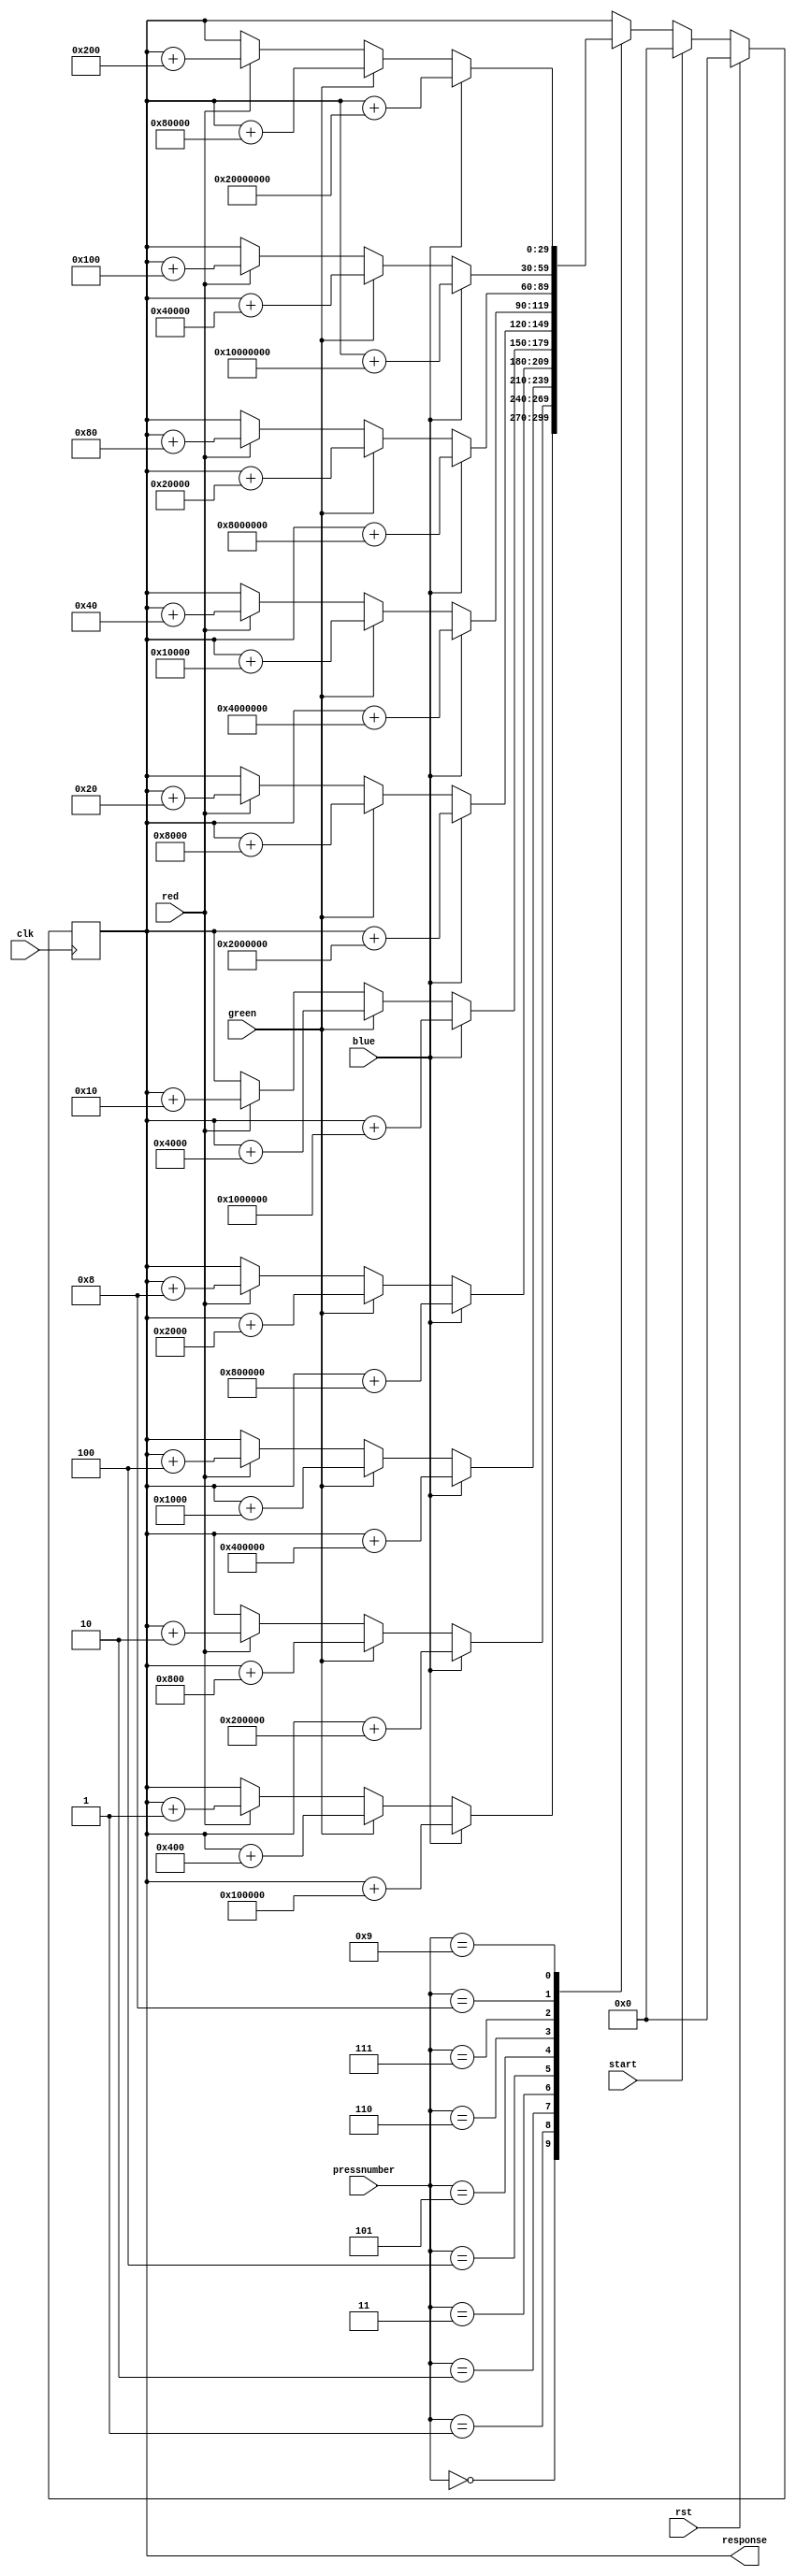
/*
   This file was generated automatically by the Mojo IDE version B1.2.6.
   Do not edit this file directly. Instead edit the original Lucid source.
   This is a temporary file and any changes made to it will be destroyed.
*/

/*
   Parameters:
     SIZE = 30
     DIV = 0
     TOP = 0
*/
module gametwoinput_81 (
    input clk,
    input rst,
    input start,
    input red,
    input green,
    input blue,
    input [3:0] pressnumber,
    output reg [29:0] response
  );
  
  localparam SIZE = 5'h1e;
  localparam DIV = 1'h0;
  localparam TOP = 1'h0;
  
  
  reg [29:0] M_ctr_d, M_ctr_q = 1'h0;
  
  always @* begin
    M_ctr_d = M_ctr_q;
    
    response = M_ctr_q[0+29-:30];
    
    case (pressnumber)
      1'h0: begin
        if (red) begin
          M_ctr_d = M_ctr_q + 30'h00000001;
        end
        if (green) begin
          M_ctr_d = M_ctr_q + 30'h00000400;
        end
        if (blue) begin
          M_ctr_d = M_ctr_q + 30'h00100000;
        end
      end
      1'h1: begin
        if (red) begin
          M_ctr_d = M_ctr_q + 30'h00000002;
        end
        if (green) begin
          M_ctr_d = M_ctr_q + 30'h00000800;
        end
        if (blue) begin
          M_ctr_d = M_ctr_q + 30'h00200000;
        end
      end
      2'h2: begin
        if (red) begin
          M_ctr_d = M_ctr_q + 30'h00000004;
        end
        if (green) begin
          M_ctr_d = M_ctr_q + 30'h00001000;
        end
        if (blue) begin
          M_ctr_d = M_ctr_q + 30'h00400000;
        end
      end
      2'h3: begin
        if (red) begin
          M_ctr_d = M_ctr_q + 30'h00000008;
        end
        if (green) begin
          M_ctr_d = M_ctr_q + 30'h00002000;
        end
        if (blue) begin
          M_ctr_d = M_ctr_q + 30'h00800000;
        end
      end
      3'h4: begin
        if (red) begin
          M_ctr_d = M_ctr_q + 30'h00000010;
        end
        if (green) begin
          M_ctr_d = M_ctr_q + 30'h00004000;
        end
        if (blue) begin
          M_ctr_d = M_ctr_q + 30'h01000000;
        end
      end
      3'h5: begin
        if (red) begin
          M_ctr_d = M_ctr_q + 30'h00000020;
        end
        if (green) begin
          M_ctr_d = M_ctr_q + 30'h00008000;
        end
        if (blue) begin
          M_ctr_d = M_ctr_q + 30'h02000000;
        end
      end
      3'h6: begin
        if (red) begin
          M_ctr_d = M_ctr_q + 30'h00000040;
        end
        if (green) begin
          M_ctr_d = M_ctr_q + 30'h00010000;
        end
        if (blue) begin
          M_ctr_d = M_ctr_q + 30'h04000000;
        end
      end
      3'h7: begin
        if (red) begin
          M_ctr_d = M_ctr_q + 30'h00000080;
        end
        if (green) begin
          M_ctr_d = M_ctr_q + 30'h00020000;
        end
        if (blue) begin
          M_ctr_d = M_ctr_q + 30'h08000000;
        end
      end
      4'h8: begin
        if (red) begin
          M_ctr_d = M_ctr_q + 30'h00000100;
        end
        if (green) begin
          M_ctr_d = M_ctr_q + 30'h00040000;
        end
        if (blue) begin
          M_ctr_d = M_ctr_q + 30'h10000000;
        end
      end
      4'h9: begin
        if (red) begin
          M_ctr_d = M_ctr_q + 30'h00000200;
        end
        if (green) begin
          M_ctr_d = M_ctr_q + 30'h00080000;
        end
        if (blue) begin
          M_ctr_d = M_ctr_q + 30'h20000000;
        end
      end
    endcase
    if (start) begin
      M_ctr_d = 30'h00000000;
    end
  end
  
  always @(posedge clk) begin
    if (rst == 1'b1) begin
      M_ctr_q <= 1'h0;
    end else begin
      M_ctr_q <= M_ctr_d;
    end
  end
  
endmodule